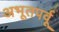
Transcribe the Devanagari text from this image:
अभूतपर्वू